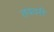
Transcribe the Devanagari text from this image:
तववरी